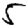
Digit: 5